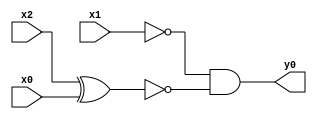
module top( x0 , x1 , x2 , y0 );
  input x0 , x1 , x2 ;
  output y0 ;
  wire n4 , n5 ;
  assign n4 = x2 ^ x0 ;
  assign n5 = ~x1 & ~n4 ;
  assign y0 = n5 ;
endmodule